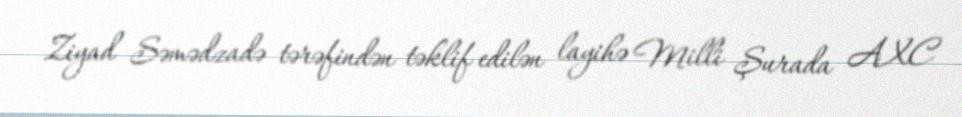
Ziyad Səmədzadə tərəfindən təklif edilən layihə Milli Şurada AXC